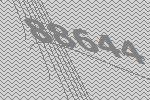
88644